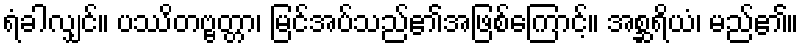
ရံခါလျှင်။ ပဿိတဗ္ဗတ္တာ၊ မြင်အပ်သည်၏အဖြစ်ကြောင့်။ အစ္ဆရိယံ၊ မည်၏။